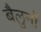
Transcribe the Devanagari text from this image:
बैलुनों